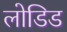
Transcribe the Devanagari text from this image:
लोडिड